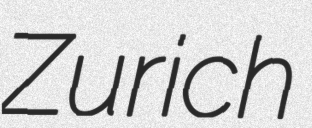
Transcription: Zurich